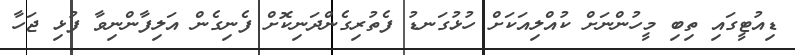
ޑިއުޓީގައި ތިބި މީހުންނަށް ކުއްލިއަކަށް ހުޅުގަނޑު ފެތުރިގެންދަނިކޮށް ފެނިގެން އަލިފާންނިވާ ފުޅި ޖަހާ